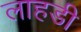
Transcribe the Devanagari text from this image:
लाहडी